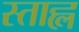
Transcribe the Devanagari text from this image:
स्ताह्ल